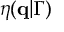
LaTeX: \eta ( \mathbf { q } | \Gamma )